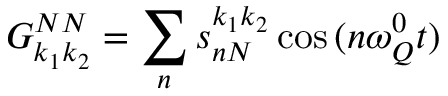
G _ { k _ { 1 } k _ { 2 } } ^ { N N } = \sum _ { n } s _ { n N } ^ { k _ { 1 } k _ { 2 } } \cos { ( n \omega _ { Q } ^ { 0 } t ) }